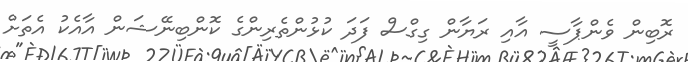
ރޮބިން ވެންޕާސީ އާއި ރަޔާން ގިގްސް ފަދަ ކުޅުންތެރިންގެ ކޮންބިނޭޝަން އާއެކު އެތަށް